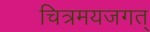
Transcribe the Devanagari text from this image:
चित्रमयजगत्‌